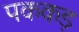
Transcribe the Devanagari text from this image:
पककड़